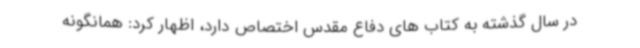
در سال گذشته به کتاب های دفاع مقدس اختصاص دارد، اظهار کرد: همانگونه